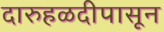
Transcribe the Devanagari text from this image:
दारुहळदीपासून